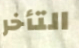
التأخر